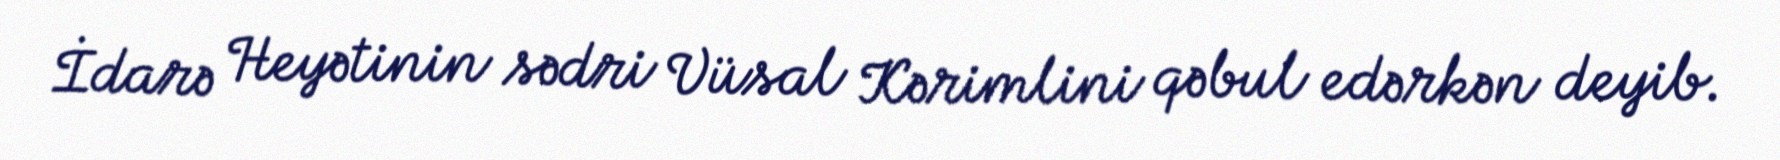
İdarə Heyətinin sədri Vüsal Kərimlini qəbul edərkən deyib.